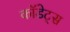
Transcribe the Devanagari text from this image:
कॉडेट्स